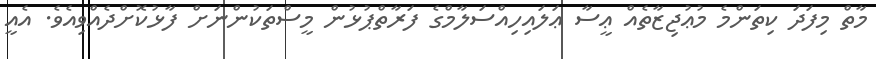
މާތް މިފަދަ ކިތަންމެ މުޢުޖިޒާތެއް ޢީސާ ޢަލައިހިއްސަލާމްގެ ފަރާތްޕުޅުން މީސްތަކުންނަށް ފާޅުކޮށްދެއްވިއެވެ. އެއީ